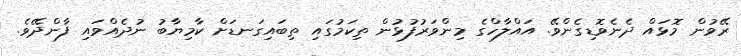
ރޭވުން މޮޅައް ދެނެވޮޑިގެންވޭ. އައްލާހްގެ މިންވަރުފުޅުން ތިކަމުގައި ތިބައިގަނޑަށް ކާމިޔާބު ނުދެއްވައި ފާންދޭވެ.